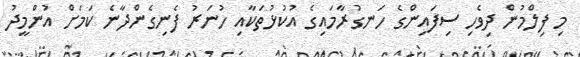
މި ފިލްމުން ދިވެހި ސިފައިންގެ ހަނގުރާމައިގެ އުކުޅުތަކާއި ހުނަރު ފެނިގެންދާނެ ކަމަށް އުންމީދު